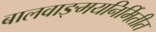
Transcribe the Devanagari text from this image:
बालवाङ्मयनिर्मितीत